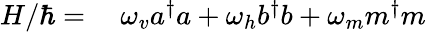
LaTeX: \begin{array}{rl}{H/\hbar=}&{{}\ \omega_{v}a^{\dagger}a+\omega_{h}b^{\dagger}b+\omega_{m}m^{\dagger}m}\end{array}